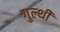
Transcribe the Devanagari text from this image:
गुल्थी